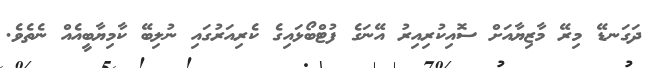
ދަގަނޑޭ މިރޭ މާޒިޔާއަށް ސޮއިކުރިއިރު އޭނަގެ ފުޓްބޯޅައިގެ ކެރިއަރުގައި ނުލިބޭ ކާމިޔާބީއެއް ނެތެވެ.